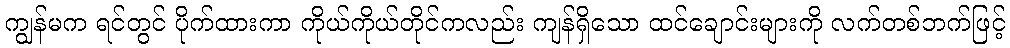
ကျွန်မက ရင်တွင် ပိုက်ထားကာ ကိုယ်ကိုယ်တိုင်ကလည်း ကျန်ရှိသော ထင်ချောင်းများကို လက်တစ်ဘက်ဖြင့်